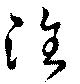
淮